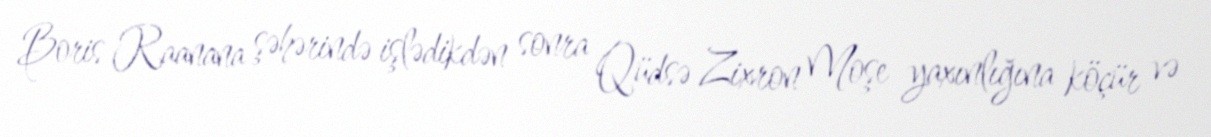
Boris Raanana şəhərində işlədikdən sonra Qüdsə Zixron Moşe yaxınlığına köçür və